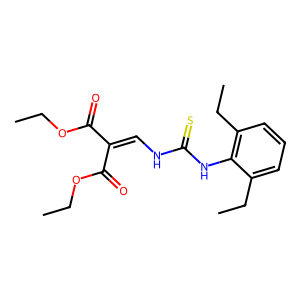
SMILES: CCOC(=O)C(=CNC(=S)Nc1c(CC)cccc1CC)C(=O)OCC
Inhibits HIV replication: No